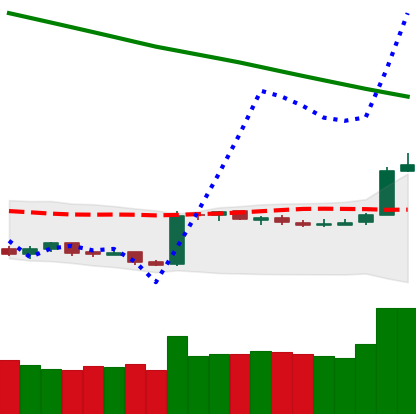
Ticker: BTC-USD
Chart end date: 2019-02-19
Forward return: -3.463%
Label: down_3_5